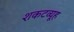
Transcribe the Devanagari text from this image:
शकटव्यूह